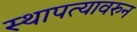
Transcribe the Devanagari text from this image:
स्थापत्यावरुन